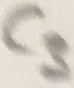
Text: C3